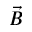
\vec { B }